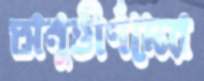
অনুত্তীর্ণদের